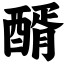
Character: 醑